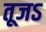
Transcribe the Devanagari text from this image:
तूजऽ